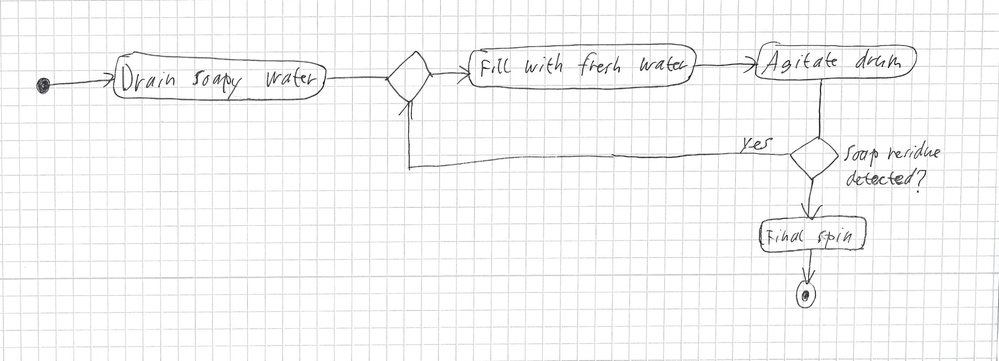
Diagram type: activity_diagram
```plantuml
@startuml

start
:Drain soapy water;
repeat
  :Fill with fresh water;
  :Agitate drum;
repeat while (Soap residue detected?) is (yes)
:Final spin;
stop

@enduml
```